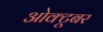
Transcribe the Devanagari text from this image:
ओक्टूबर